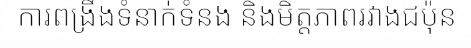
ការពង្រឹងទំនាក់ទំនង និងមិត្តភាពរវាងជប៉ុន